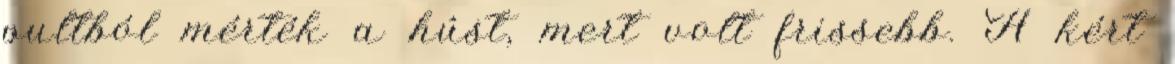
pultból mérték a húst, mert volt frissebb. A kért